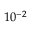
1 0 ^ { - 2 }